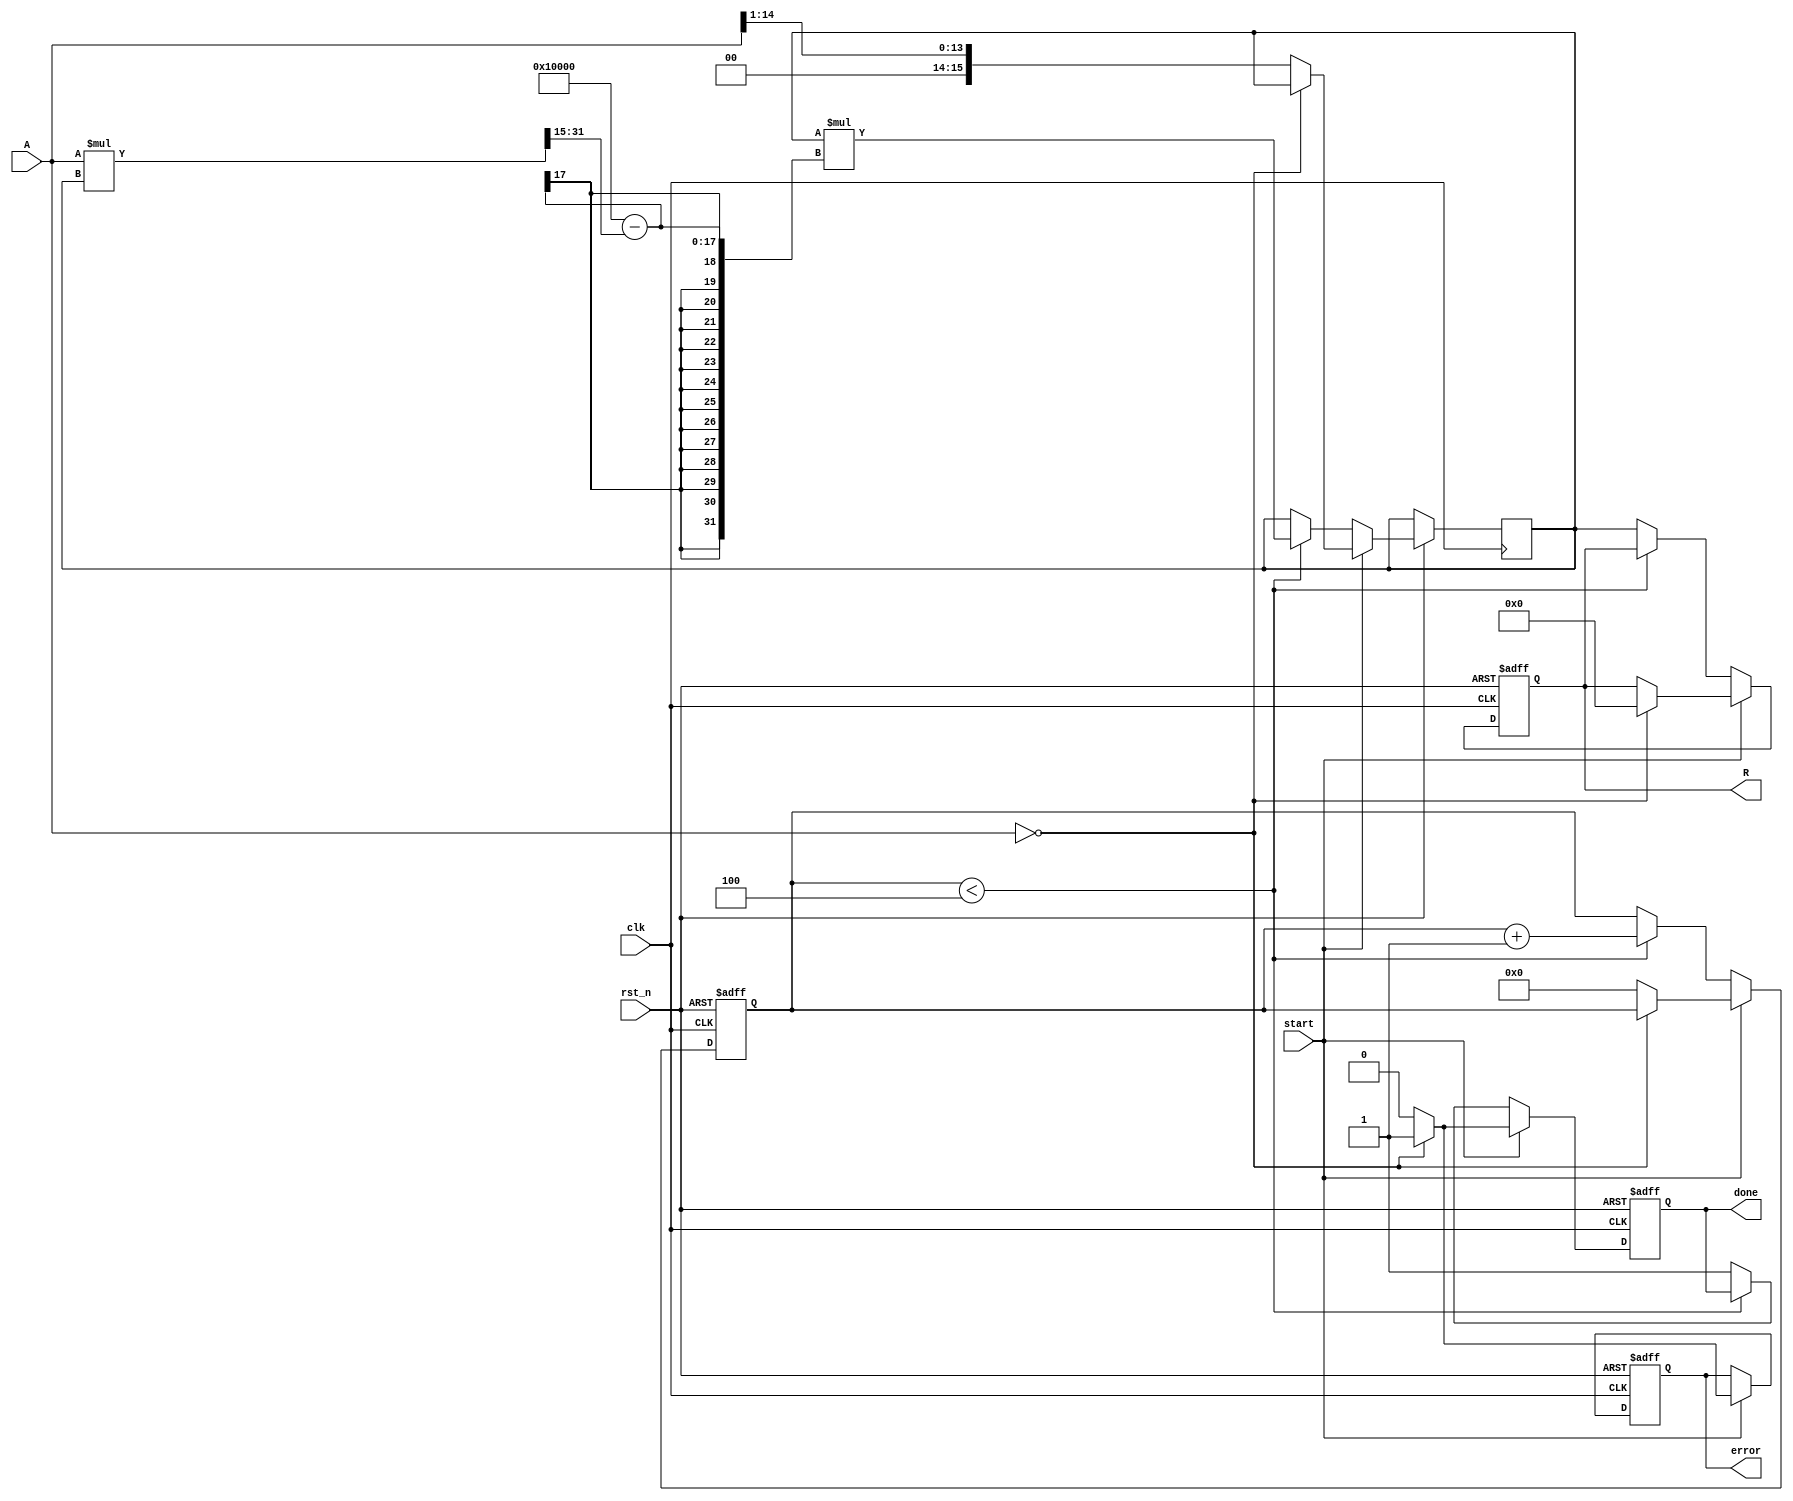
module reciprocal_arithmetic_block #(
    parameter BIT_WIDTH = 16, // Define bit-width for input and output
    parameter ITERATIONS = 4   // Number of iterations for Newton-Raphson
)(
    input wire clk,            // Clock signal
    input wire rst_n,          // Active low reset
    input wire [BIT_WIDTH-1:0] A, // Input data (fixed-point)
    input wire start,          // Start signal
    output reg [BIT_WIDTH-1:0] R, // Output data (reciprocal)
    output reg done,           // Done signal
    output reg error           // Error signal for zero input
);

// Internal signals
reg [BIT_WIDTH-1:0] x; // Current approximation
reg [BIT_WIDTH-1:0] x_next; // Next approximation
reg [3:0] count; // Iteration counter
reg valid; // Valid signal for output

// Initial state
initial begin
    R = 0;
    done = 0;
    error = 0;
    valid = 0;
end

// Main process
always @(posedge clk or negedge rst_n) begin
    if (!rst_n) begin
        R <= 0;
        done <= 0;
        error <= 0;
        count <= 0;
        valid <= 0;
    end else if (start) begin
        // Check for zero input
        if (A == 0) begin
            error <= 1; // Set error flag for zero input
            R <= 0; // Return zero or predefined value
            done <= 1; // Indicate done
        end else begin
            error <= 0; // Clear error flag
            x <= {1'b0, A[BIT_WIDTH-2:1]}; // Initial guess (1/2 of A)
            count <= 0; // Reset iteration counter
            done <= 0; // Reset done flag
            valid <= 0; // Reset valid flag
        end
    end else if (count < ITERATIONS) begin
        // Newton-Raphson iteration: x_next = x * (2 - A * x)
        x_next = x * (2**BIT_WIDTH - (A * x >> (BIT_WIDTH - 1))); // Fixed-point multiplication
        x <= x_next; // Update approximation
        count <= count + 1; // Increment iteration counter
    end else begin
        R <= x; // Final result
        done <= 1; // Indicate done
        valid <= 1; // Indicate valid output
    end
end

endmodule